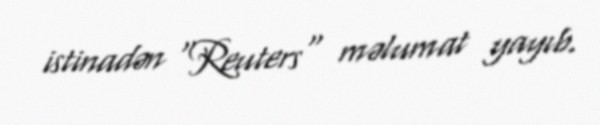
istinadən "Reuters" məlumat yayıb.